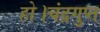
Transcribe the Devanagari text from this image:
हो।चंद्रगुप्त